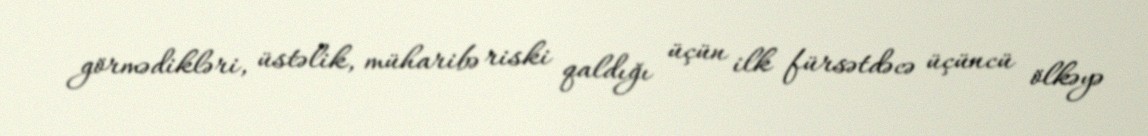
görmədikləri, üstəlik, müharibə riski qaldığı üçün ilk fürsətdəcə üçüncü ölkəyə